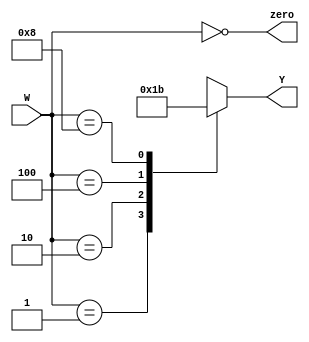
`timescale 1ns / 1ps
//////////////////////////////////////////////////////
// Module Name:		four_two_encoder
//
//////////////////////////////////////////////////////
module four_two_encoder(
    // Input and output ports
    input wire [3:0] W,
    output wire zero,
    output reg [1:0] Y
    );

    // Assign case for no W
    assign zero = (W == 4'b0000);

    // Behavioral logci for 4:2 Encoder
    always@(W)
   	 begin
   		 case(W)
   			 4'b0001: Y = 2'b00;
   			 4'b0010: Y = 2'b01;
   			 4'b0100: Y = 2'b10;
   			 4'b1000: Y = 2'b11;
   			 default: Y = 2'bXX;
   		 endcase
   	 end

endmodule